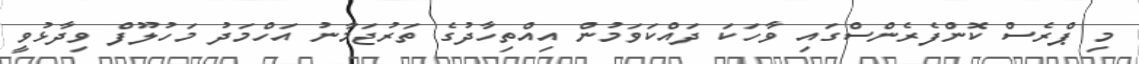
މި ޕްރެސް ކޮންފެރެންސްގައި ވާހަކަ ދައްކަވަމުން އިއްތިހާދުގެ ތަރުޖަމާނު އަހްމަދު މަހުލޫފް ވިދާޅުވީ